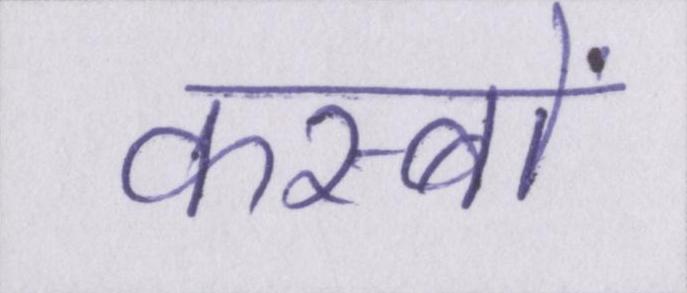
कस्बों